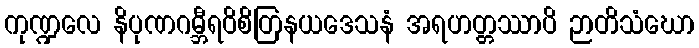
ကုဏ္ဍလေ နိပုဏဂမ္ဘီရဝိစိတြနယဒေသနံ အရဟတ္တဿာပိ ဉာတိသံဃော